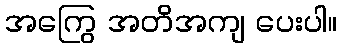
အကြွေ အတိအကျ ပေးပါ။